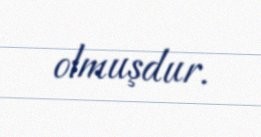
olmuşdur.